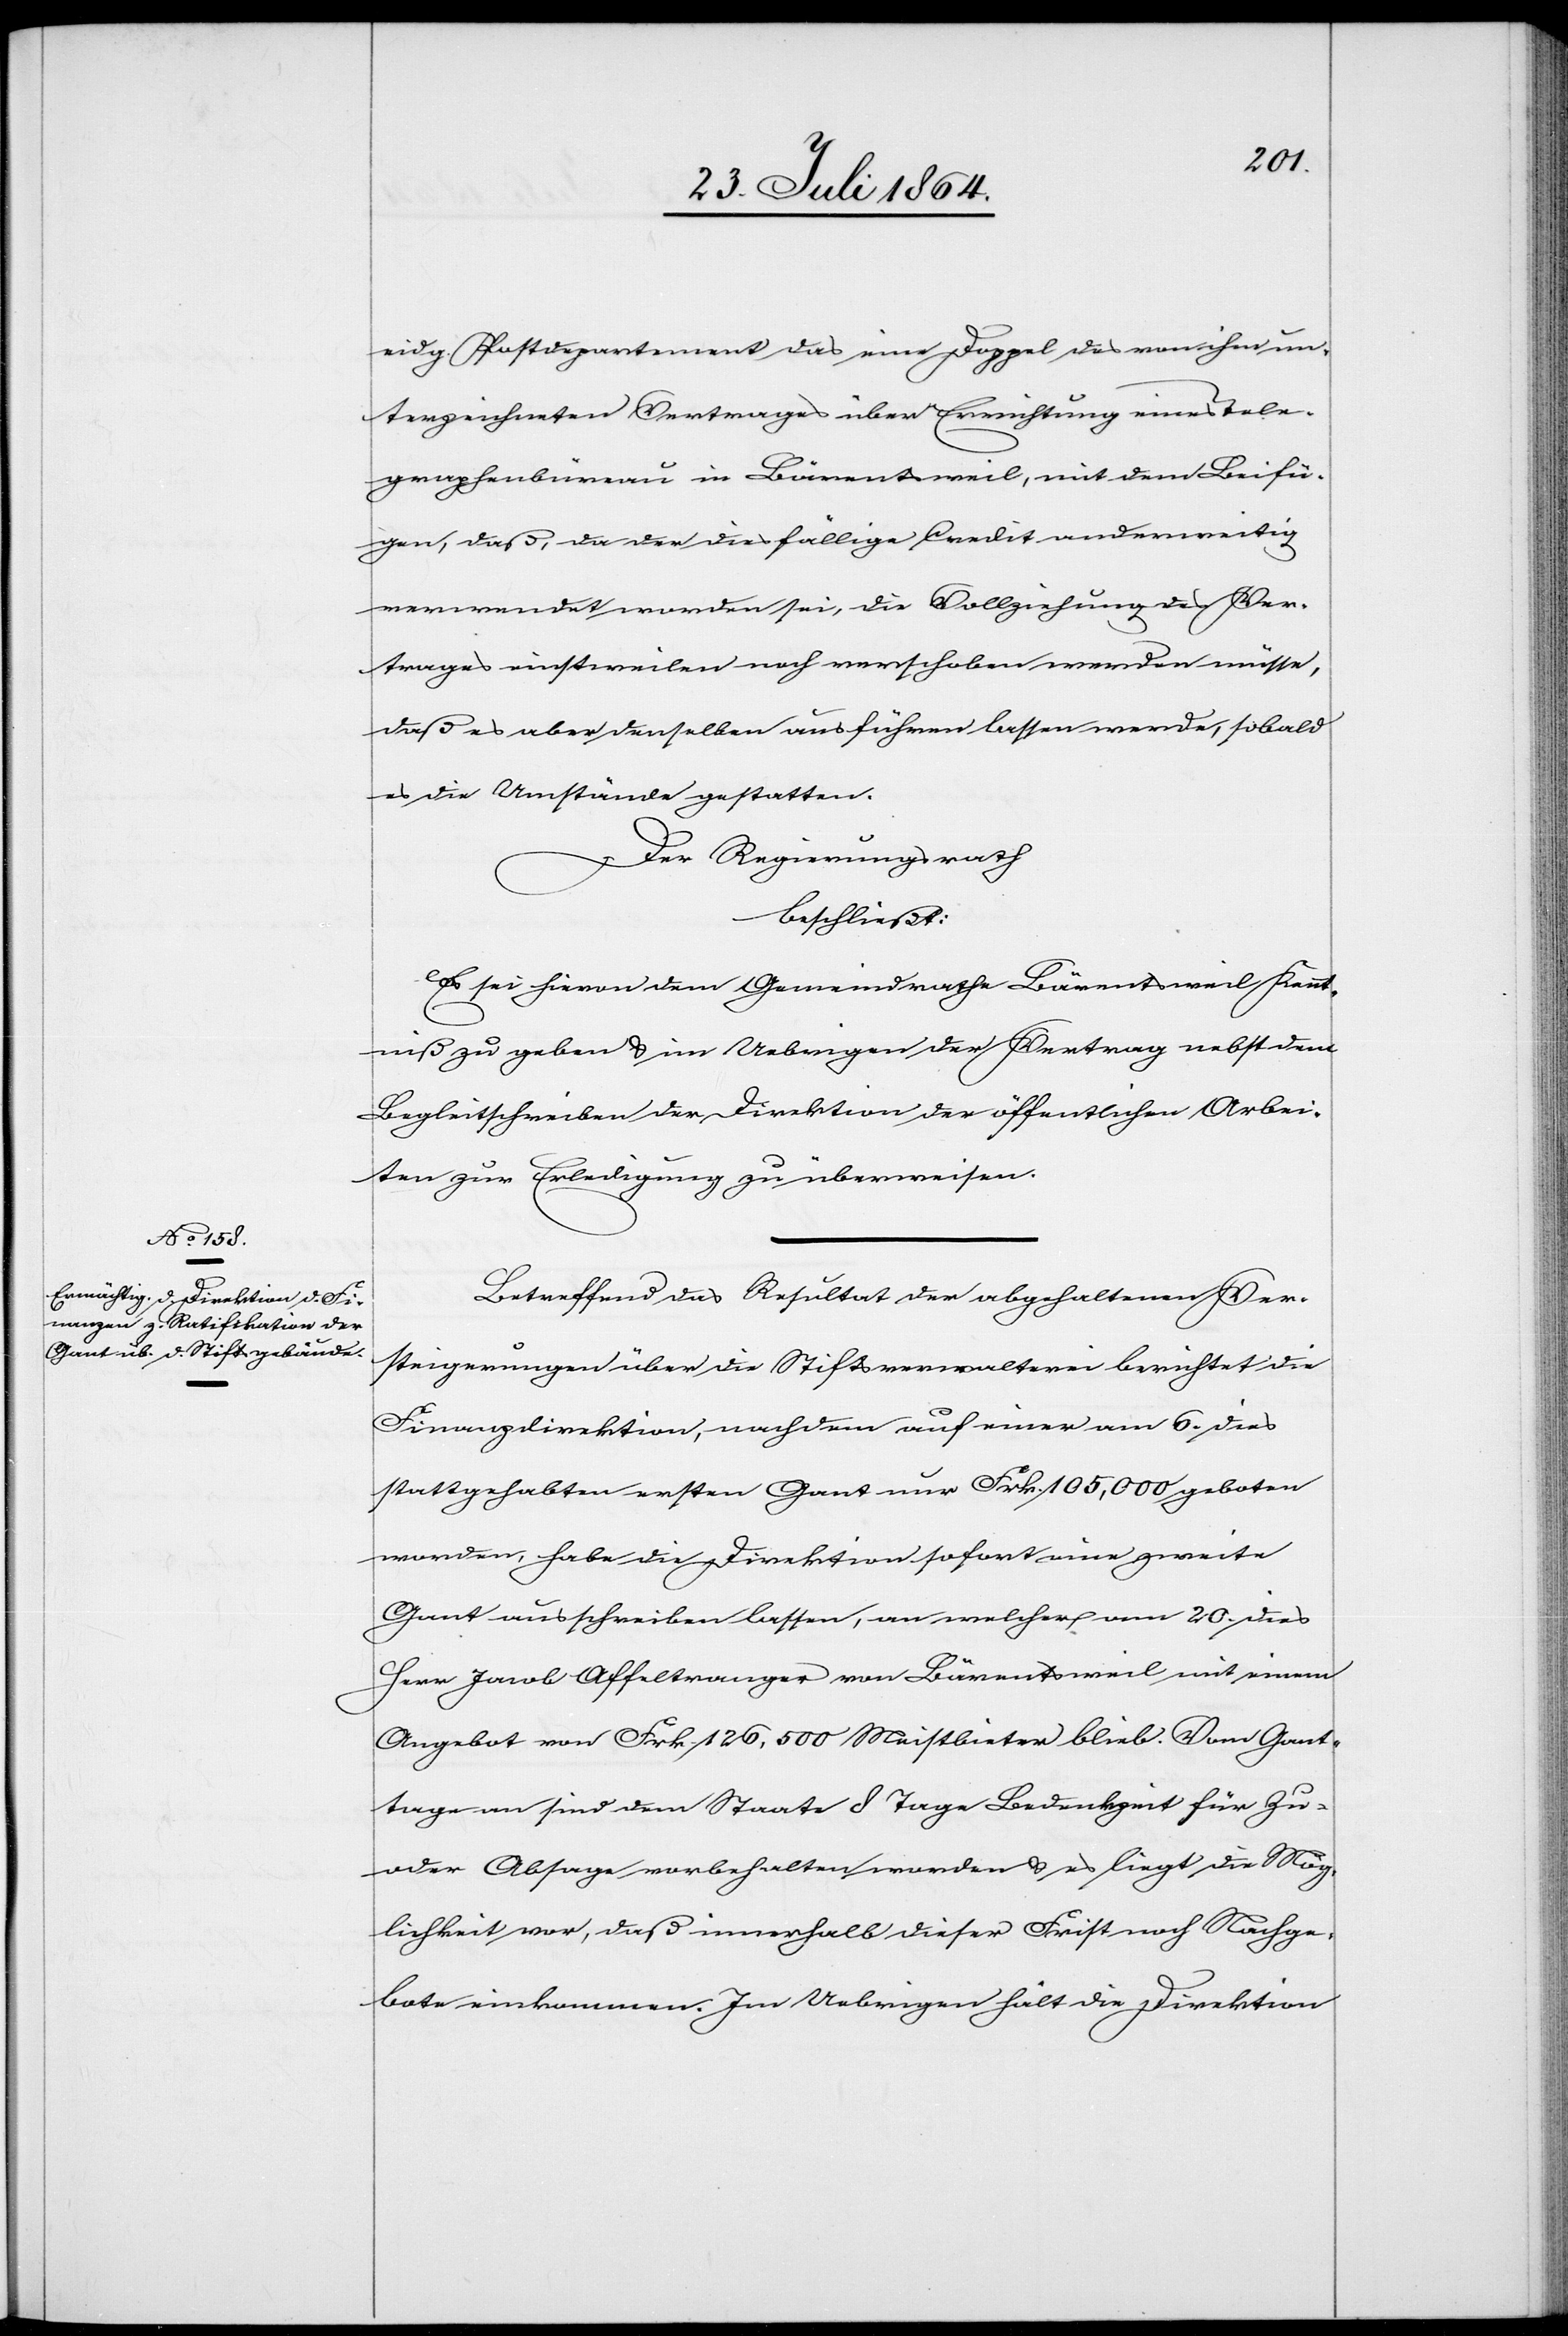
eidg. Postdepartement das eine Doppel des von ihm un¬
terzeichneten Vertrages über Errichtung eines Tele¬
graphenbüreau in Bärentsweil, mit dem Beifü¬
gen, daß, da der diesfällige Credit anderweitig
verwendet worden sei, die Vollziehung des Ver¬
trages einstweilen noch verschoben werden müsse,
daß es aber denselben ausführen lassen werde, sobald
es die Umstände gestatten.
Der Regierungsrath
beschließt:
Es sei hievon dem Gemeindrathe Bärentsweil Kennt¬
niß zu geben & im Uebrigen der Vertrag nebst dem
Begleitschreiben der Direktion der öffentlichen Arbei¬
ten zur Erledigung zu überweisen.
Betreffend das Resultat der abgehaltenen Ver¬
steigerungen über die Stiftsverwalterei berichtet die
Finanzdirektion, nachdem auf einer am 6. dies
stattgehabten ersten Gant nur Frk. 105,000 geboten
worden, habe die Direktion sofort eine zweite
Gant ausschreiben lassen, an welcher am 20. dies
Herr Jacob Affeltranger von Bärentsweil mit einem
Angebot von Frk. 126,500 Meistbietender blieb. Vom Gant¬
tage an sind dem Staate 8 Tage Bedenkzeit für Zu-
oder Absage vorbehalten worden & es liegt die Mög¬
lichkeit vor, daß innerhalb dieser Frist noch Nachge¬
bote einkommen. Im Uebrigen hält die Direktion